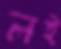
লই